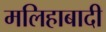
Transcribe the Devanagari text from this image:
मलिहाबादी